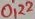
Text: 0,22